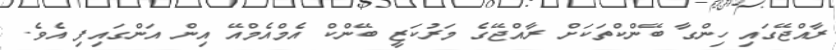
ރާއްޖޭގައި ހިންގާ ބޭންކްތަކަށް ރާއްޖޭގެ މަރުކަޒީ ބޭންކް އެމްއެމްއޭ އިން އަންގައިފި އެވެ.